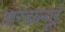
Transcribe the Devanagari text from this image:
आरडब्ल्यूई